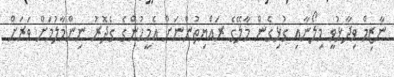
ނާޒިމް ވިދާޅުވީ މިލޯނާއި ގުޅިގެން މާލޭގެ ރައްޔިތުންނަަށް އެމީހުންގެ ގެދޮރު ނިންމާލުމަށް ވަރަށް